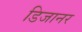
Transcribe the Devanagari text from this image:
डिजानर